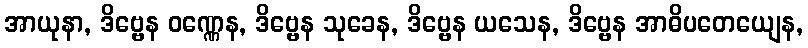
အာယုနာ, ဒိဗ္ဗေန ဝဏ္ဏေန, ဒိဗ္ဗေန သုခေန, ဒိဗ္ဗေန ယသေန, ဒိဗ္ဗေန အာဓိပတေယျေန,